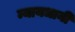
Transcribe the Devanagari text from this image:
न्यायधानी